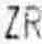
ZR